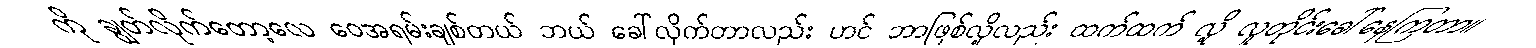
ကို ချွတ်လိုက်တော့လေ ဝေအရမ်းချစ်တယ် ဘယ် ခေါ်လိုက်တာလည်း ဟင် ဘာဖြစ်လို့လည်း ထက်ထက် လို့ လူတိုင်းခေါ်နေကြတာ။